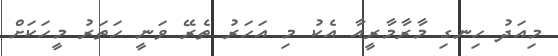
މިއަދު ހިނގި މާރާމާރީއާ އެކު މި އަހަރު ތެރޭ ވަނީ ހަތަރު މީހަކަށް